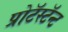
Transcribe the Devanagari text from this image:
प्रोटॅस्टॅन्ट